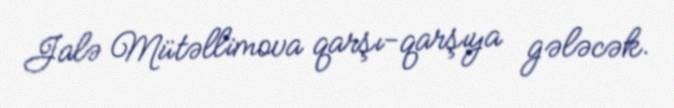
Jalə Mütəllimova qarşı-qarşıya gələcək.